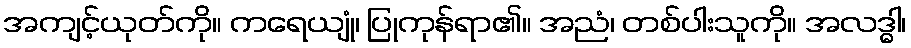
အကျင့်ယုတ်ကို။ ကရေယျုံ၊ ပြုကုန်ရာ၏။ အညံ၊ တစ်ပါးသူကို။ အလဒ္ဓါ၊